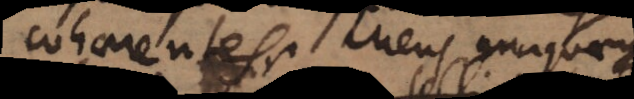
cohaerentes. Mens unaquaeque